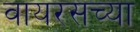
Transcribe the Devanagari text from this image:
वायरसच्या